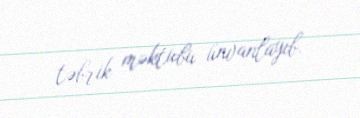
təbrik məktubu ünvanlayıb.